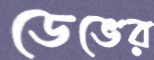
ডেভের